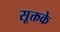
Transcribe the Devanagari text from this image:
सूक्तके